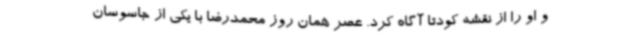
و او را از نقشه کودتا آگاه کرد. عصر همان روز محمدرضا با یکی از جاسوسان